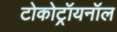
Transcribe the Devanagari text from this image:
टोकोट्रॉयनॉल